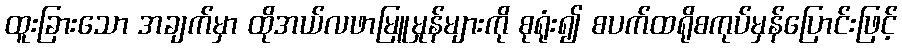
ထူးခြားသော အချက်မှာ ထိုအယ်လဖာမြူမှုန်များကို စုရုံး၍ စပက်ထရိုစကုပ်မှန်ပြောင်းဖြင့်